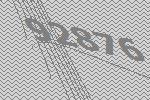
92876